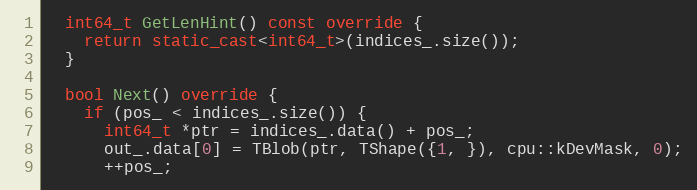
Language: C++
  int64_t GetLenHint() const override {
    return static_cast<int64_t>(indices_.size());
  }

  bool Next() override {
    if (pos_ < indices_.size()) {
      int64_t *ptr = indices_.data() + pos_;
      out_.data[0] = TBlob(ptr, TShape({1, }), cpu::kDevMask, 0);
      ++pos_;